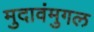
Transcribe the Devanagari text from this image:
मुदावंमुगल